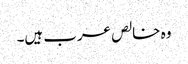
وہ خالص عرب ہیں۔